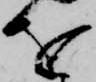
を